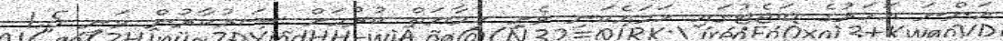
އަންނަ އަހަރުގެ ބަޖެޓުގައި ހަމައެކަނި ވެށި ހިމާޔަތް ކުރުމަށް ސަރުކާރުން ވަނީ 1.5